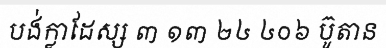
បង់ក្លាដែស្ស ៣ ១៣ ២៤ ៤០៦ ប៊ូតាន